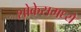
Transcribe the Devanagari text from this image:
शोकेसमध्ये